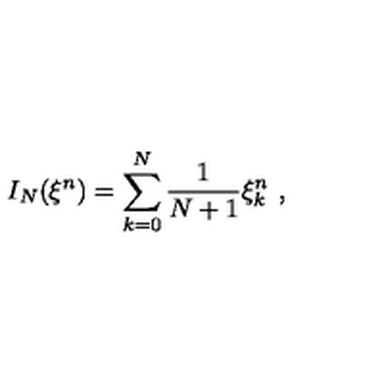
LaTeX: I _ { N } ( { \xi } ^ { n } ) = \sum _ { k = 0 } ^ { N } \frac { 1 } { N + 1 } { \xi } _ { k } ^ { n } \ ,